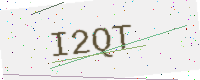
Text: I2QT